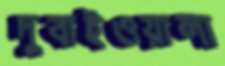
দুবাইওয়ালা